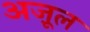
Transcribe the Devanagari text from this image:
अज़ूल